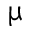
\upmu